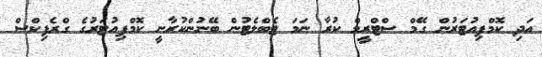
އަދި ކޮމްޕިއުޓަރުން ގޭމް ސްޓްރީމް ކުރާ ނަމަ ޓެބްލެޓުން ބޭނުންކުރާނީ ކޮމްޕިއުޓަރުގެ ގްރެފިކްސް